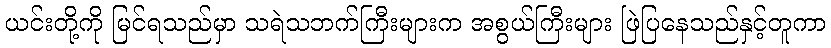
ယင်းတို့ကို မြင်ရသည်မှာ သရဲသဘက်ကြီးများက အစွယ်ကြီးများ ဖြဲပြနေသည်နှင့်တူကာ